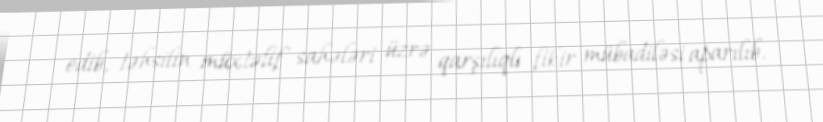
edib, təhsilin müxtəlif sahələri üzrə qarşılıqlı fikir mübadiləsi aparılıb.